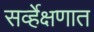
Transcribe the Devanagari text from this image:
सर्व्हेक्षणात